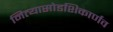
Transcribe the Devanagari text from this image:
नित्यासोडशिकार्णव